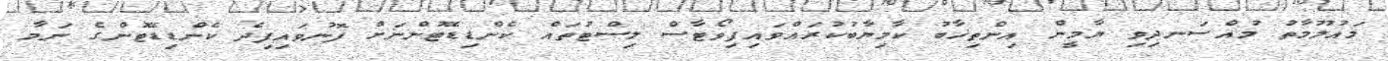
މައުލޫމާތު މުއްސަނދިވި ޔާމީން އިންތިޚާބު ކާމިޔާބުކުރައްވައިފިވޯޓާސް ލިސްޓުތައް ކެންޑިޑޭޓުންނަށް ފޮނުވައިފިދެ ކެންޑިޑޭޓުންގެ ނަމާ